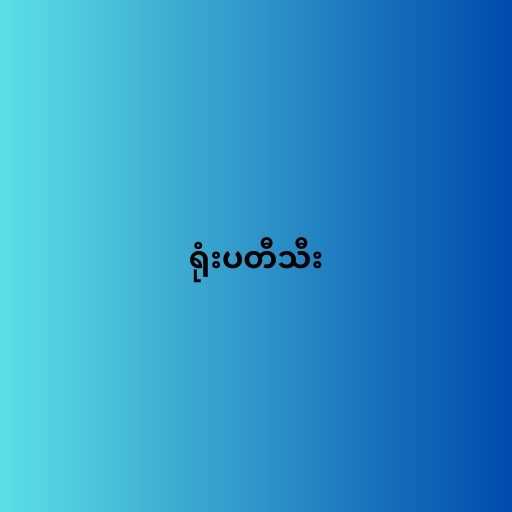
ရုံးပတီသီး